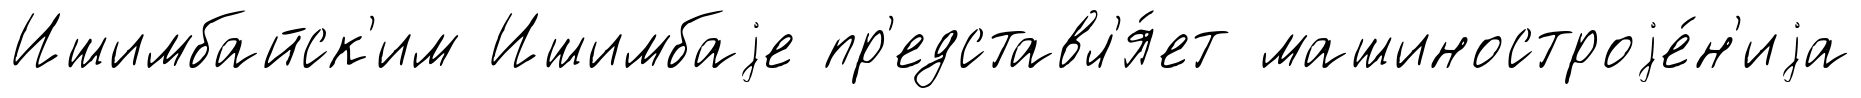
Ишимбайск'им Ишимбаjе пр'едставл'я́ет машиностроjе́н'иjа